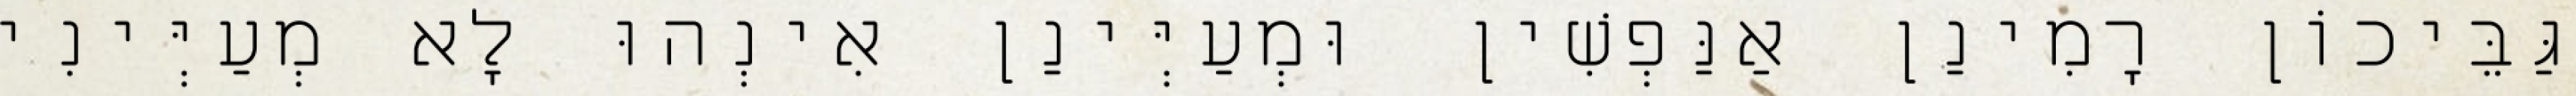
גַּבֵּיכוֹן רָמִינַן אַנַּפְשִׁין וּמְעַיְּינַן אִינְהוּ לָא מְעַיְּינִי